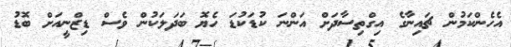
އެހެންކަމުން ޗައިނާގެ އިގްތިސާދަށް އަންނަ ކުޑަކުޑަ ހެޔޮ ބަދަލަކުން ވެސް ޑިޒްނީއަށް ބޮޑު